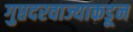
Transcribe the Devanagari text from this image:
गुप्तदरवाज्याकडून